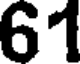
61